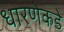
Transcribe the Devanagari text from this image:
धारणेकडे